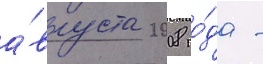
а́вгуста 2008 го́да -